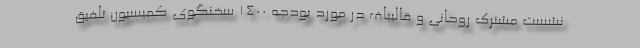
نشست مشترک روحانی و قالیباف در مورد بودجه ۱۴۰۰ سخنگوی کمیسیون تلفیق